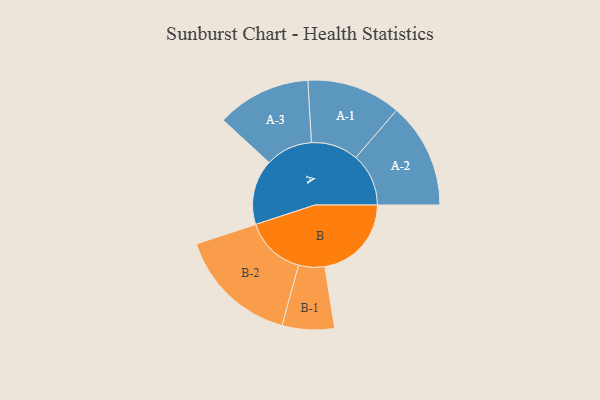
{"axis": {"x": "Segment", "y": "Value"}, "legend": ["", "A", "B"], "data": [{"x": "A", "y": 310, "type": ""}, {"x": "B", "y": 412, "type": ""}, {"x": "A-1", "y": 224, "type": "A"}, {"x": "A-2", "y": 251, "type": "A"}, {"x": "A-3", "y": 224, "type": "A"}, {"x": "B-1", "y": 124, "type": "B"}, {"x": "B-2", "y": 288, "type": "B"}]}